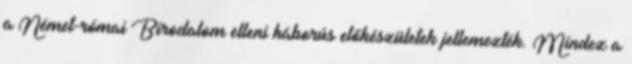
a Német-római Birodalom elleni háborús előkészületek jellemezték. Mindez a